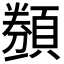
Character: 𬱋